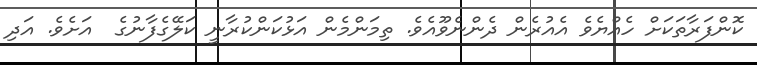
ކޮންފަރާތަކަށް ހެއްޔެވެ އެއުރެން ދެންނެވޫއެވެ. ތިމަންމެން އަޅުކަންކުރާނީ ކަލޭގެފާނުގެ  އަށެވެ. އަދި